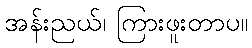
အန်းညယ်၊ ကြားဖူးတာပ။